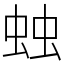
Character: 䖵